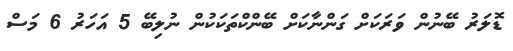
ޑޮލަރު ބޭނުން ވަރަކަށް ގަންނާކަށް ބޭންކްތަކަކުން ނުލިބޭ 5 އަހަރު 6 މަސް